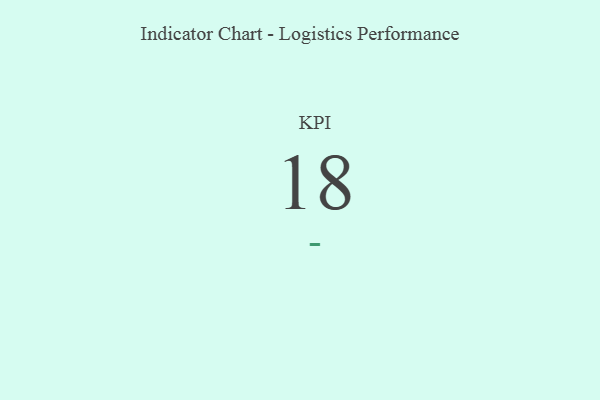
{"axis": {"x": "KPI", "y": "Value"}, "legend": [""], "data": [{"x": "KPI", "y": 18, "type": ""}]}